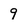
Character: 9